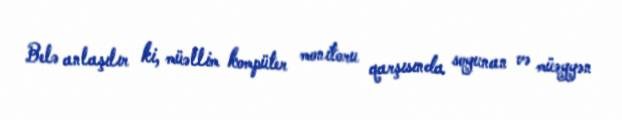
Belə anlaşılır ki, müəllim kompüter monitoru qarşısında soyunan və müəyyən